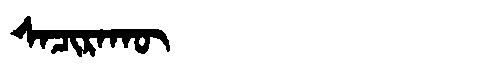
Manchu: ᠰᠠᠴᡳᡵᠠᡴᡡ
Romanization: SACIRAKŪ